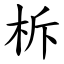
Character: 柝